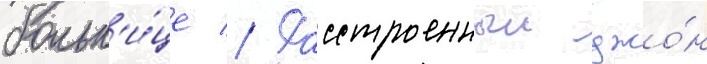
больн'и́це // Расстроенныи джо́н